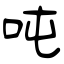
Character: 吨